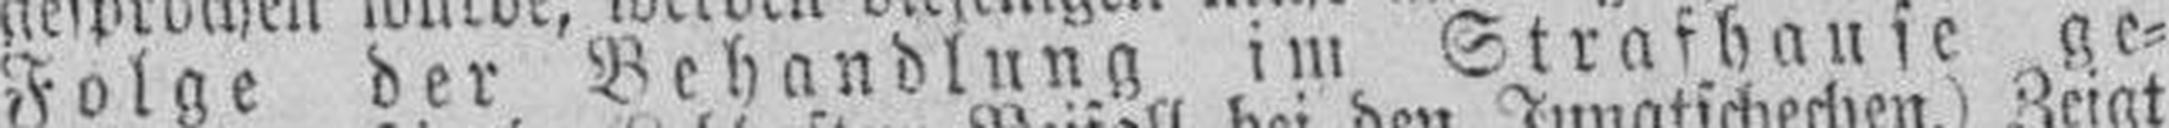
Folge der Behandlung im Strafbause ge¬